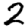
Digit: 2